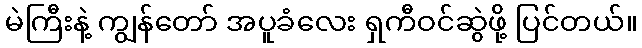
မဲကြီးနဲ့ ကျွန်တော် အပူခံလေး ရှကီဝင်ဆွဲဖို့ ပြင်တယ်။